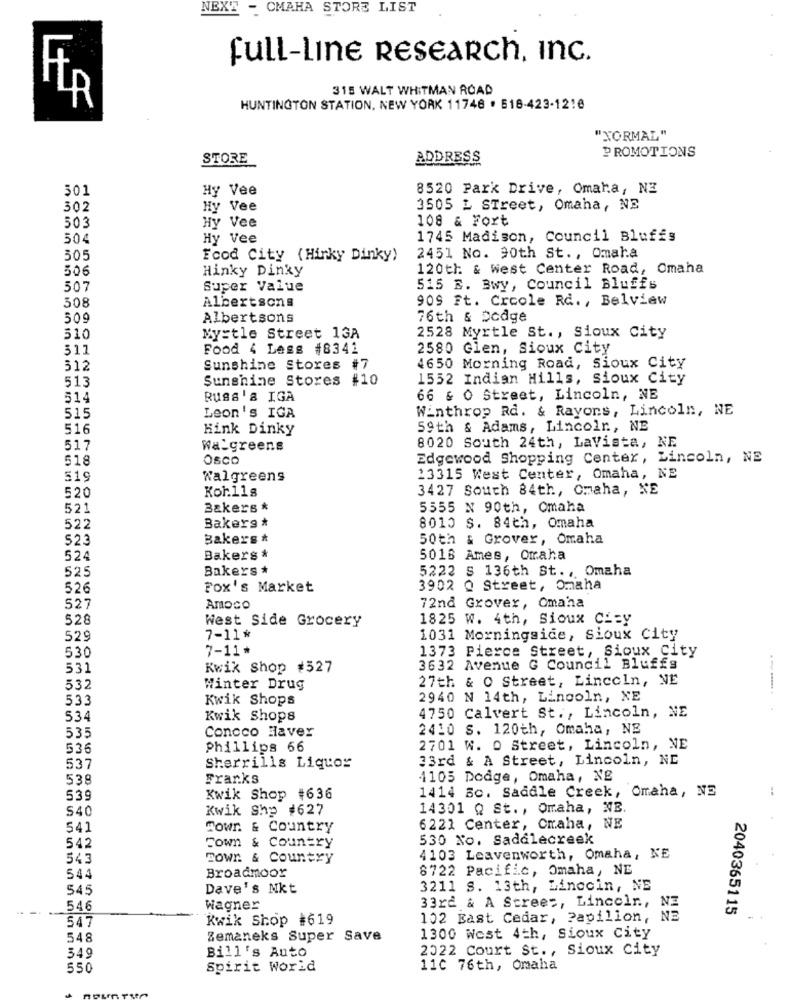
NEXT - CMAHA STORE LIST
full-line RESEARCH, Inc.
F.
315 WALT WHITMAN ROAD
HUNTINGTON STATION, NEW YORK 11746 . 518-423-1218
"NORMAL"
PROMOTIONS
STORE
ADDRESS
501
Hy Vee
8520 Park Drive, Omaha, NZ
302
Hy Vee
3505 L STreet, Omaha, NE
503
108 & Fort
Hy Vee
504
Hy Vee
1745 Madison, Council Bluffs
505
Fcod City (Hinky Dinky)
2451 No. 90th St ., Omaha
506
Hinky Dinky
120th & West Center Road, Omaha
507
Super Value
515 E. Bwy, Council Bluffs
308
Albertsons
909 Ft. Crcole Rd ., Belview
509
Albertsons
76th & Dodge
510
Myrtle Street 13A
2528 Myrtle St ., Sioux City
311
Food 4 Less #8341
2580 Glen, Sioux City
512
Sunshine Stores #7
4650 Morning Road, Sioux City
513
Sunshine Stores #10
1552 Indian Hills, sioux City
514
Russ 'a IGA
66 & O Street, Lincoln, NE
Winthrop Rd. & Rayons, Lincoln, NE
515
Leon's IGA
516
Kink Dinky
59th & Adams, Lincoln ., NE
517
Wa_greens
8020 South 24th, LaVista, NE
518
Osco
Edgewood Shopping Center, Lincoln, NE
519
Walgreens
13315 West Center, Omaha, NE
520
Koh11s
3427 South 84th, Omaha, NE
521
Bakers *
5555 N 90th, Omaha
Bakerg *
522
8010 S. 84th, Omaha
523
Bakers *
50th & Grover, Omaha
524
Bakers *
5018 Ames, Omaha
525
Bakers *
5222 S 136th St ., Omaha
526
Fox's Market
3902 Q Street, Omaha
527
Amoco
72nd Grover, Omaha
528
West Side Grocery
1825 W. 4th, Sioux City
529
7-11 *
1031 Morningside, Sioux City
7-11*
1373 Pierce Street, Sioux City
530
53.
Kwik Shop #527
3632 Avenue G Council Bluffs
27th & 0 Street, Lincoln, NE
532
Winter Drug
533
Kwik Shops
2940 N 14th, Lincoln, XE
534
Kwik Shops
4750 Calvert St ., Lincoln, NE
535
Concco Haver
2410 S. 120th, Omaha, NE
536
Phillips 66
2701 W. 0 Street, Lincoln, NE
33rd & A Street, Lincoln, NE
537
Sherrills Liquor
538
Franks
4105 Dodge, Omaha, NE
1414 50. Saddle Creek, Omaha, NE
539
Kwik Shop #636
S40
Kwik Shp #627
14301 Q St ., Omaha, NB.
541
Town & Country
6221 Center, Craha, NE
530 No. Saddlecreek
542
Town & Country
543
Town & Country
4103 Leavenworth, Omaha, NE
Broadmoor
8722 Pacific, Omaha, NE
544
545
Dave's Mkt
3211 S. 13th, Linocin, NE
33rd & A Street, Lincolr .,
.-.
546
Wagner
NZ
2040365115
547
Kwik Shop #619
102 East Cedar, Papillon,
NE
548
Zemaneks Super Save
1300 West 4th, Sioux City
2022 Court St ., Sioux City
549
Bill's Auto
550
Spirit World
110 76th, Omaha